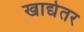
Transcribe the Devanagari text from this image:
खाद्येतर